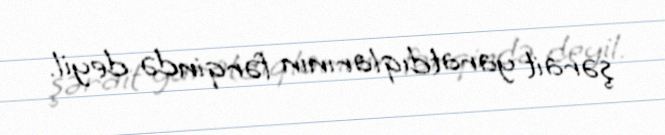
şərait yaratdıqlarının fərqində deyil.